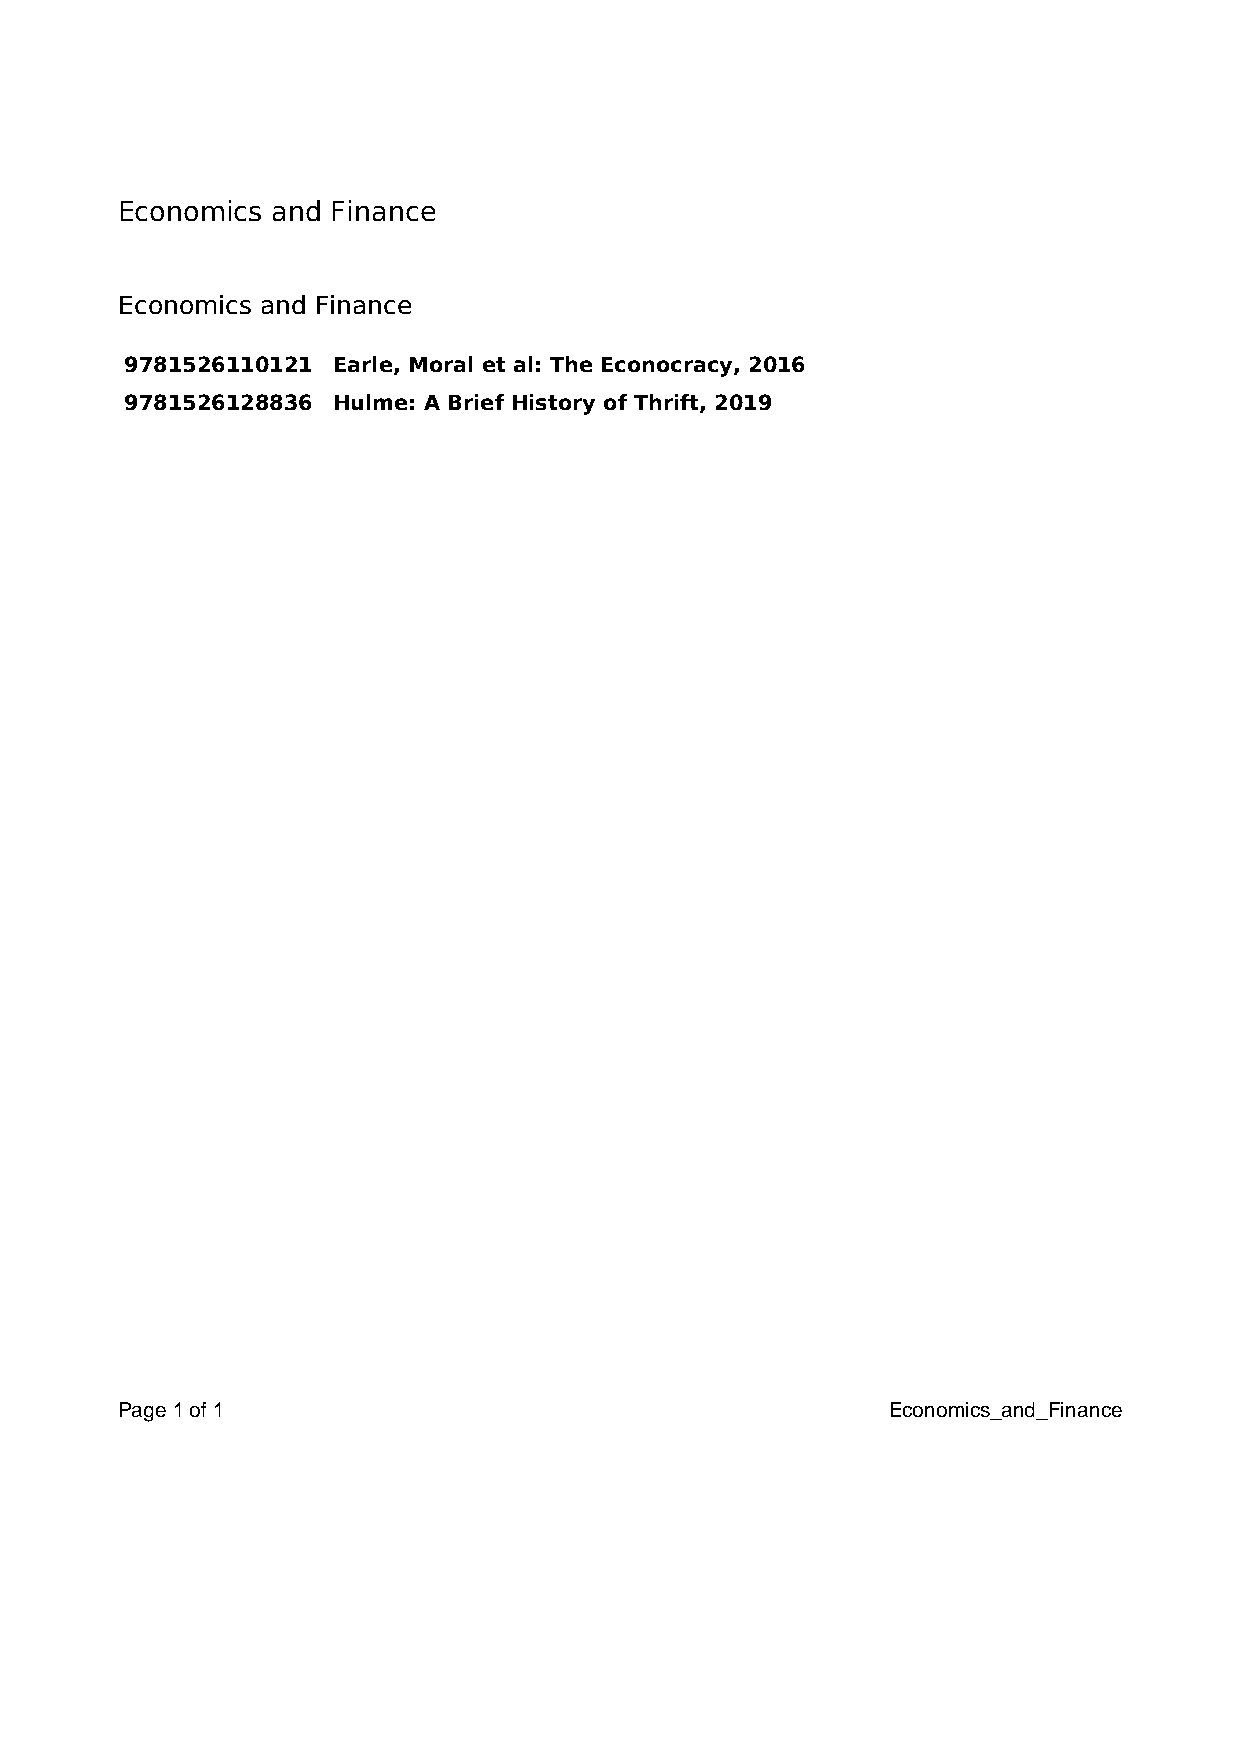
Economics and Finance
 Economics and Finance
 9781526110121 Earle, Moral et al: The Econocracy, 2016
 9781526128836 Hulme: A Brief History of Thrift, 2019
 Page 1 of 1                                        Economics_and_Finance